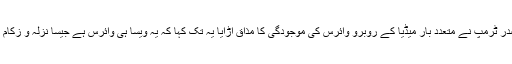
صدر ٹرمپ نے متعدد بار میڈیا کے روبرو وائرس کی موجودگی کا مذاق اڑایا یہ تک کہا کہ یہ ویسا ہی وائرس ہے جیسا نزلہ و زکام کا۔